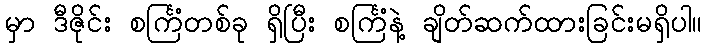
မှာ ဒီဇိုင်း စင်္ကြံတစ်ခု ရှိပြီး စင်္ကြံနဲ့ ချိတ်ဆက်ထားခြင်းမရှိပါ။